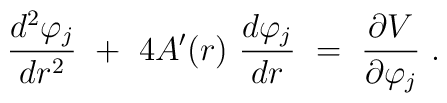
{d^2 \varphi_j \over d r^2} ~+~ 4 A'(r)~{d \varphi_j \over d r } ~=~{\partial V \over \partial \varphi_j}\ .